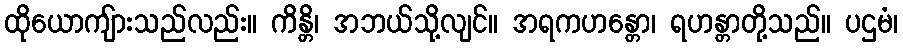
ထိုယောကျ်ားသည်လည်း။ ကိန္တိ၊ အဘယ်သို့လျင်။ အရကဟန္တော၊ ရဟန္တာတို့သည်။ ပဌမံ၊